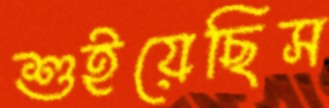
শুইয়েছিস